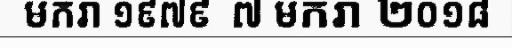
មករា ១៩៧៩  ៧ មករា ២០១៨